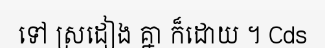
ទៅ ស្រដៀង គ្នា ក៏ដោយ ។ Cds